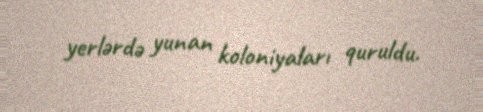
yerlərdə yunan koloniyaları quruldu.